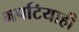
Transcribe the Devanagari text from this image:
भपटियाही